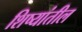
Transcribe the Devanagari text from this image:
शिष्यांतील